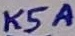
Text: K5A